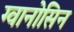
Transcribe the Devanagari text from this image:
ग्वानोसिन